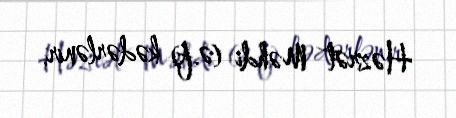
Həzrət Məhdi (ə.f) kədərlənir.